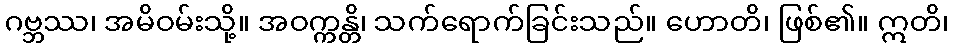
ဂဗ္ဘဿ၊ အမိဝမ်းသို့။ အဝက္ကန္တိ၊ သက်ရောက်ခြင်းသည်။ ဟောတိ၊ ဖြစ်၏။ ဣတိ၊